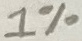
Text: 1%